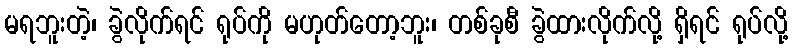
မရဘူးတဲ့၊ ခွဲလိုက်ရင် ရုပ်ကို မဟုတ်တော့ဘူး၊ တစ်ခုစီ ခွဲထားလိုက်လို့ ရှိရင် ရုပ်လို့